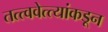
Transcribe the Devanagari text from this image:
तत्त्ववेत्त्यांकडून